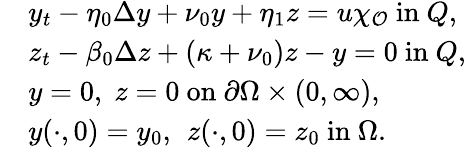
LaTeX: \begin{array}{rl}&{y_{t}-\eta_{0}\Delta y+\nu_{0}y+\eta_{1}z=u\chi_{\mathcal{O}}\mathrm{~in~}Q,}\\ &{z_{t}-\beta_{0}\Delta z+(\kappa+\nu_{0})z-y=0\mathrm{~in~}Q,}\\ &{y=0,\; z=0\mathrm{~on~}\partial\Omega\times(0,\infty),}\\ &{y(\cdot,0)=y_{0}\mathrm{,~}\, z(\cdot,0)=z_{0}\mathrm{~in~}\Omega.}\end{array}